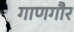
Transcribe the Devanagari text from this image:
गाणगौर